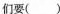
们要( )